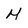
Character: M